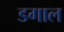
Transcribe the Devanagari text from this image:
डगाल